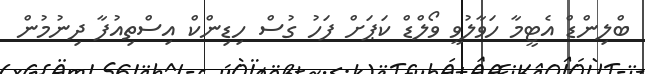
ބްލިންޑް އެޓީމާ ހަވާލުވީ ވޯލްޑް ކަޕަށް ފަހު ގުސް ހިޑިންކް އިސްތިއުފާ ދިނުމުން